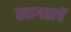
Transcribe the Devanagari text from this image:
स्वागताचें